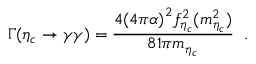
\Gamma ( \eta _ { c } \to \gamma \gamma ) = \frac { 4 { ( 4 \pi \alpha ) } ^ { 2 } f _ { \eta _ { c } } ^ { 2 } ( m _ { \eta _ { c } } ^ { 2 } ) } { 8 1 \pi m _ { \eta _ { c } } } \; \; .